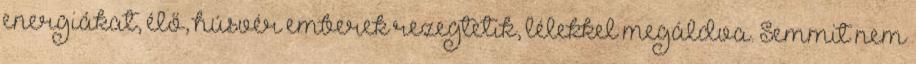
energiákat, élő, húsvér emberek rezegtetik, lélekkel megáldva. Semmit nem